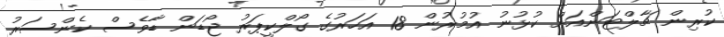
ކުރިން ޗާލްޓަންއަށް ކުޅުނު އުމުރުން 18 އަހަރުގެ ގޯލްކީޕަރު ޖޯޑަން ޑާވެސް ކެންސަރު